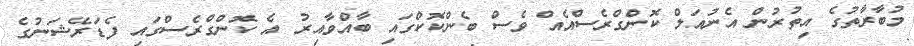
މުބާރާތުގެ އިތުރުން އެނުއަލް ކޮންގްރެސްއެއް ވެސް ބެންކޮކްގައި ބާއްވާއިރު އެ ކޮންގްރެސްގައި ފެޑަރޭޝަނުގެ